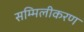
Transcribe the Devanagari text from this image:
सम्मिलीकरण